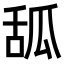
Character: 𦧔